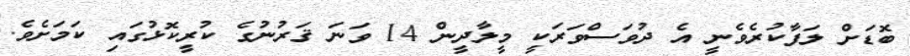
ބޮޑަށް ލަފާކުރެވެނީ އެ ދުވަސްވަރަކީ މީލާދީން 14 ވަނަ ޤަރުނުގެ ކުރީކޮޅުގައި ކަމަށެވެ.